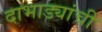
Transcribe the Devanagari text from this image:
दाभाड्यांची